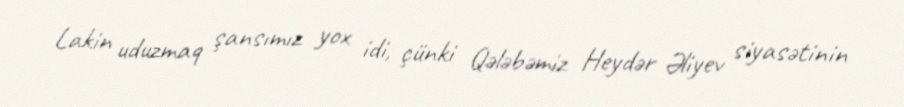
Lakin uduzmaq şansımız yox idi, çünki Qələbəmiz Heydər Əliyev siyasətinin